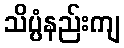
သိပ္ပံနည်းကျ